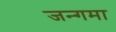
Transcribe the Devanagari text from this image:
जन्गमा